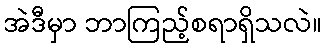
အဲဒီမှာ ဘာကြည့်စရာရှိသလဲ။